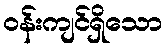
ဝန်းကျင်ရှိသော